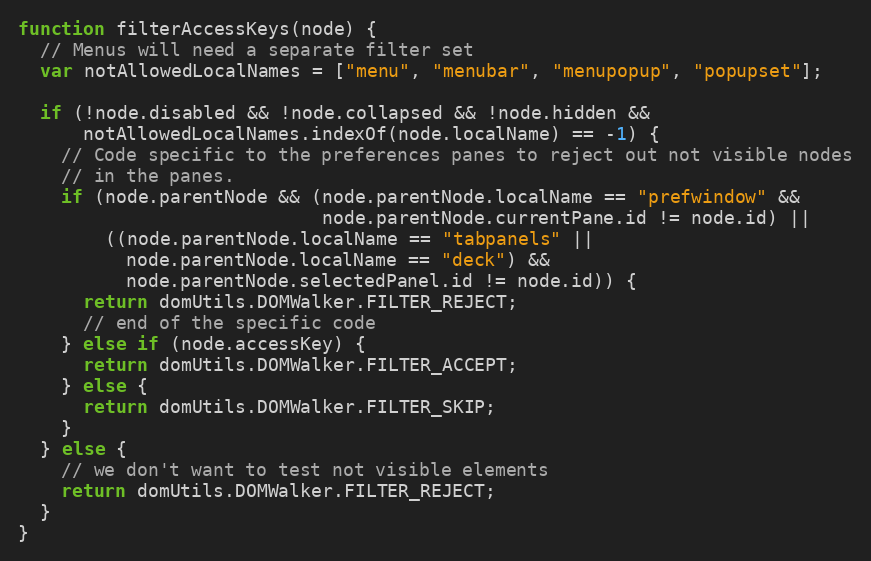
Language: JavaScript
function filterAccessKeys(node) {
  // Menus will need a separate filter set
  var notAllowedLocalNames = ["menu", "menubar", "menupopup", "popupset"];

  if (!node.disabled && !node.collapsed && !node.hidden &&
      notAllowedLocalNames.indexOf(node.localName) == -1) {
    // Code specific to the preferences panes to reject out not visible nodes
    // in the panes.
    if (node.parentNode && (node.parentNode.localName == "prefwindow" &&
                            node.parentNode.currentPane.id != node.id) ||
        ((node.parentNode.localName == "tabpanels" ||
          node.parentNode.localName == "deck") &&
          node.parentNode.selectedPanel.id != node.id)) {
      return domUtils.DOMWalker.FILTER_REJECT;
      // end of the specific code
    } else if (node.accessKey) {
      return domUtils.DOMWalker.FILTER_ACCEPT;
    } else {
      return domUtils.DOMWalker.FILTER_SKIP;
    }
  } else {
    // we don't want to test not visible elements
    return domUtils.DOMWalker.FILTER_REJECT;
  }
}